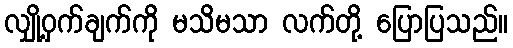
လျှို့ဝှက်ချက်ကို မသိမသာ လက်တို့ ပြောပြသည်။